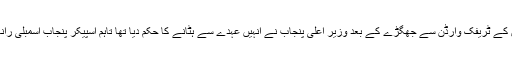
سیکرٹری پنجاب اسمبلی رائے ممتاز حسین بابر کے صاحبزادوں کے ٹریفک وارڈن سے جھگڑے کے بعد وزیر اعلیٰ پنجاب نے انہیں عہدے سے ہٹانے کا حکم دیا تھا تاہم اسپیکر پنجاب اسمبلی رانا محمد اقبال نے انہیں ایک ماہ کی جبری رخصت پر بھیج دیا تھا۔